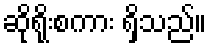
ဆိုရိုးစကား ရှိသည်။